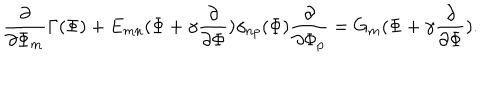
\frac { \partial } { \partial \Phi _ { m } } \Gamma ( \Phi ) + E _ { m n } ( \Phi + \gamma \frac { \partial } { \partial \Phi } ) \gamma _ { n p } ( \Phi ) \frac { \partial } { \partial \Phi _ { p } } = G _ { m } ( \Phi + \gamma \frac { \partial } { \partial \Phi } ) .